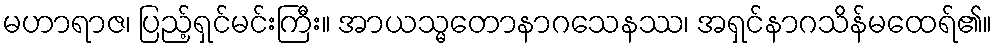
မဟာရာဇ၊ ပြည့်ရှင်မင်းကြီး။ အာယသ္မတောနာဂသေနဿ၊ အရှင်နာဂသိန်မထေရ်၏။